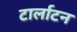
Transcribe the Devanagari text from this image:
टार्लाटन